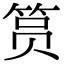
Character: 筼